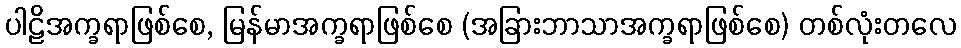
ပါဠိအက္ခရာဖြစ်စေ, မြန်မာအက္ခရာဖြစ်စေ (အခြားဘာသာအက္ခရာဖြစ်စေ) တစ်လုံးတလေ